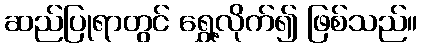
ဆည်ပြုရာတွင် ရွှေ့လိုက်၍ ဖြစ်သည်။